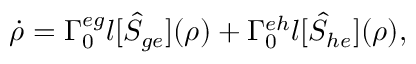
\dot { \rho } = \Gamma _ { 0 } ^ { e g } \mathcal { l } [ \hat { S } _ { g e } ] ( \rho ) + \Gamma _ { 0 } ^ { e h } \mathcal { l } [ \hat { S } _ { h e } ] ( \rho ) ,